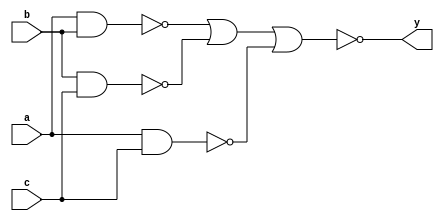
module majority_detector(input a,
                         input b,
                         input c,
                         output y);
       
       // structural
       wire l1, l2, l3;
       nand(l1, a, b);
       nand(l2, b, c);
       nand(l3, a, c);
       assign y = ~((l1)|(l2)|(l3));
       
endmodule